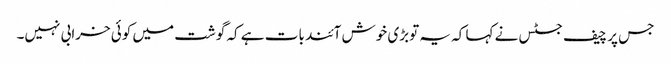
جس پر چیف جسٹس نے کہا کہ یہ توبڑی خوش آئند بات ہے کہ گوشت میں کوئی خرابی نہیں۔